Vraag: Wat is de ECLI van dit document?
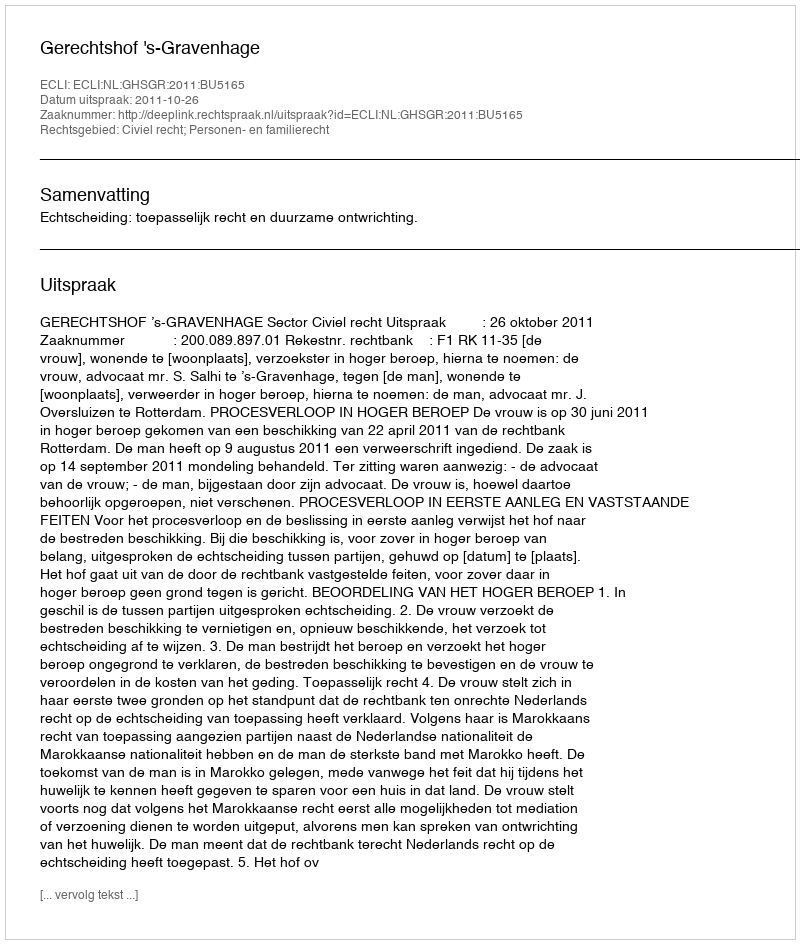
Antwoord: ECLI:NL:GHSGR:2011:BU5165